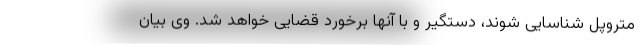
متروپل شناسایی شوند، دستگیر و با آنها برخورد قضایی خواهد شد. وی بیان